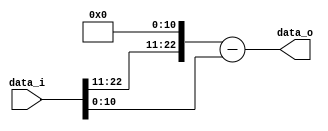
module YhMinusYl(data_i, data_o);
	input [22:0] data_i;
	output reg [22:0] data_o;
	
	reg [23:0] Yh, Yl, YhSubYl;
	
	always @ (data_i) begin
		Yh = {1'd1, data_i[22:11], 11'd0};
		Yl = {13'd0, data_i[10:0]};
		YhSubYl = Yh - Yl;
		data_o = YhSubYl[22:0];
	end
endmodule